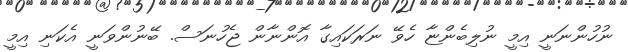
ނުހުންނަނީ އިމީ ނުލިބެންޏާ ހެވޭ ނަރަކައިގާ އޮންނާން ޖެހުނަސް. ބޭނުންވަނީ އެކަނި އިމީ